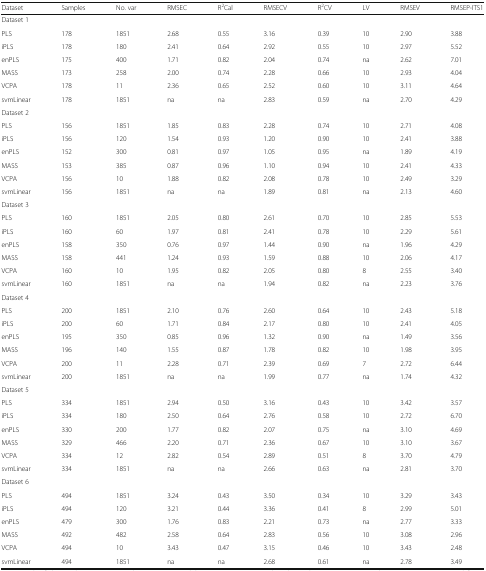
<table><thead><tr><td><b>Dataset</b></td><td><b>Samples</b></td><td><b>No. var</b></td><td><b>RMSEC</b></td><td><b>R<sup>2</sup>Cal</b></td><td><b>RMSECV</b></td><td><b>R<sup>2</sup>CV</b></td><td><b>LV</b></td><td><b>RMSEV</b></td><td><b>RMSEP-ITS1</b></td></tr></thead><tbody><tr><td colspan="10">Dataset 1</td></tr><tr><td>PLS</td><td>178</td><td>1851</td><td>2.68</td><td>0.55</td><td>3.16</td><td>0.39</td><td>10</td><td>2.90</td><td>3.88</td></tr><tr><td>iPLS</td><td>178</td><td>180</td><td>2.41</td><td>0.64</td><td>2.92</td><td>0.55</td><td>10</td><td>2.97</td><td>5.52</td></tr><tr><td>enPLS</td><td>175</td><td>400</td><td>1.71</td><td>0.82</td><td>2.04</td><td>0.74</td><td>na</td><td>2.62</td><td>7.01</td></tr><tr><td>MASS</td><td>173</td><td>258</td><td>2.00</td><td>0.74</td><td>2.28</td><td>0.66</td><td>10</td><td>2.93</td><td>4.04</td></tr><tr><td>VCPA</td><td>178</td><td>11</td><td>2.36</td><td>0.65</td><td>2.52</td><td>0.60</td><td>10</td><td>3.11</td><td>4.64</td></tr><tr><td>svmLinear</td><td>178</td><td>1851</td><td>na</td><td>na</td><td>2.83</td><td>0.59</td><td>na</td><td>2.70</td><td>4.29</td></tr><tr><td colspan="10">Dataset 2</td></tr><tr><td>PLS</td><td>156</td><td>1851</td><td>1.85</td><td>0.83</td><td>2.28</td><td>0.74</td><td>10</td><td>2.71</td><td>4.08</td></tr><tr><td>iPLS</td><td>156</td><td>120</td><td>1.54</td><td>0.93</td><td>1.20</td><td>0.90</td><td>10</td><td>2.41</td><td>3.88</td></tr><tr><td>enPLS</td><td>152</td><td>300</td><td>0.81</td><td>0.97</td><td>1.05</td><td>0.95</td><td>na</td><td>1.89</td><td>4.19</td></tr><tr><td>MASS</td><td>153</td><td>385</td><td>0.87</td><td>0.96</td><td>1.10</td><td>0.94</td><td>10</td><td>2.41</td><td>4.33</td></tr><tr><td>VCPA</td><td>156</td><td>10</td><td>1.88</td><td>0.82</td><td>2.08</td><td>0.78</td><td>10</td><td>2.49</td><td>3.29</td></tr><tr><td>svmLinear</td><td>156</td><td>1851</td><td>na</td><td>na</td><td>1.89</td><td>0.81</td><td>na</td><td>2.13</td><td>4.60</td></tr><tr><td colspan="10">Dataset 3</td></tr><tr><td>PLS</td><td>160</td><td>1851</td><td>2.05</td><td>0.80</td><td>2.61</td><td>0.70</td><td>10</td><td>2.85</td><td>5.53</td></tr><tr><td>iPLS</td><td>160</td><td>60</td><td>1.97</td><td>0.81</td><td>2.41</td><td>0.78</td><td>10</td><td>2.29</td><td>5.61</td></tr><tr><td>enPLS</td><td>158</td><td>350</td><td>0.76</td><td>0.97</td><td>1.44</td><td>0.90</td><td>na</td><td>1.96</td><td>4.29</td></tr><tr><td>MASS</td><td>158</td><td>441</td><td>1.24</td><td>0.93</td><td>1.59</td><td>0.88</td><td>10</td><td>2.06</td><td>4.17</td></tr><tr><td>VCPA</td><td>160</td><td>10</td><td>1.95</td><td>0.82</td><td>2.05</td><td>0.80</td><td>8</td><td>2.55</td><td>3.40</td></tr><tr><td>svmLinear</td><td>160</td><td>1851</td><td>na</td><td>na</td><td>1.94</td><td>0.82</td><td>na</td><td>2.23</td><td>3.76</td></tr><tr><td colspan="10">Dataset 4</td></tr><tr><td>PLS</td><td>200</td><td>1851</td><td>2.10</td><td>0.76</td><td>2.60</td><td>0.64</td><td>10</td><td>2.43</td><td>5.18</td></tr><tr><td>iPLS</td><td>200</td><td>60</td><td>1.71</td><td>0.84</td><td>2.17</td><td>0.80</td><td>10</td><td>2.41</td><td>4.05</td></tr><tr><td>enPLS</td><td>195</td><td>350</td><td>0.85</td><td>0.96</td><td>1.32</td><td>0.90</td><td>na</td><td>1.49</td><td>3.56</td></tr><tr><td>MASS</td><td>196</td><td>140</td><td>1.55</td><td>0.87</td><td>1.78</td><td>0.82</td><td>10</td><td>1.98</td><td>3.95</td></tr><tr><td>VCPA</td><td>200</td><td>11</td><td>2.28</td><td>0.71</td><td>2.39</td><td>0.69</td><td>7</td><td>2.72</td><td>6.44</td></tr><tr><td>svmLinear</td><td>200</td><td>1851</td><td>na</td><td>na</td><td>1.99</td><td>0.77</td><td>na</td><td>1.74</td><td>4.32</td></tr><tr><td colspan="10">Dataset 5</td></tr><tr><td>PLS</td><td>334</td><td>1851</td><td>2.94</td><td>0.50</td><td>3.16</td><td>0.43</td><td>10</td><td>3.42</td><td>3.57</td></tr><tr><td>iPLS</td><td>334</td><td>180</td><td>2.50</td><td>0.64</td><td>2.76</td><td>0.58</td><td>10</td><td>2.72</td><td>6.70</td></tr><tr><td>enPLS</td><td>330</td><td>200</td><td>1.77</td><td>0.82</td><td>2.07</td><td>0.75</td><td>na</td><td>3.10</td><td>4.69</td></tr><tr><td>MASS</td><td>329</td><td>466</td><td>2.20</td><td>0.71</td><td>2.36</td><td>0.67</td><td>10</td><td>3.10</td><td>3.67</td></tr><tr><td>VCPA</td><td>334</td><td>12</td><td>2.82</td><td>0.54</td><td>2.89</td><td>0.51</td><td>8</td><td>3.70</td><td>4.79</td></tr><tr><td>svmLinear</td><td>334</td><td>1851</td><td>na</td><td>na</td><td>2.66</td><td>0.63</td><td>na</td><td>2.81</td><td>3.70</td></tr><tr><td colspan="10">Dataset 6</td></tr><tr><td>PLS</td><td>494</td><td>1851</td><td>3.24</td><td>0.43</td><td>3.50</td><td>0.34</td><td>10</td><td>3.29</td><td>3.43</td></tr><tr><td>iPLS</td><td>494</td><td>120</td><td>3.21</td><td>0.44</td><td>3.36</td><td>0.41</td><td>8</td><td>2.99</td><td>5.01</td></tr><tr><td>enPLS</td><td>479</td><td>300</td><td>1.76</td><td>0.83</td><td>2.21</td><td>0.73</td><td>na</td><td>2.77</td><td>3.33</td></tr><tr><td>MASS</td><td>492</td><td>482</td><td>2.58</td><td>0.64</td><td>2.83</td><td>0.56</td><td>10</td><td>3.08</td><td>2.96</td></tr><tr><td>VCPA</td><td>494</td><td>10</td><td>3.43</td><td>0.47</td><td>3.15</td><td>0.46</td><td>10</td><td>3.43</td><td>2.48</td></tr><tr><td>svmLinear</td><td>494</td><td>1851</td><td>na</td><td>na</td><td>2.68</td><td>0.61</td><td>na</td><td>2.78</td><td>3.49</td></tr></tbody></table>